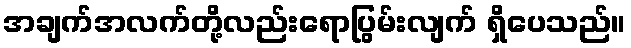
အချက်အလက်တို့လည်းရောပြွမ်းလျက် ရှိပေသည်။